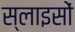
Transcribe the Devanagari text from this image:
स्लाइसों